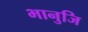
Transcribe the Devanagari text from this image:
भानुजि